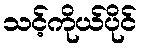
သင့်ကိုယ်ပိုင်